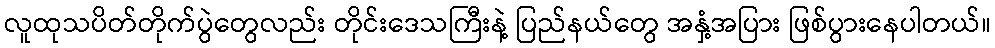
လူထုသပိတ်တိုက်ပွဲတွေလည်း တိုင်းဒေသကြီးနဲ့ ပြည်နယ်တွေ အနှံ့အပြား ဖြစ်ပွားနေပါတယ်။